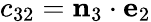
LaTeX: c_{32}=\mathbf{n}_{3}\cdot\mathbf{e}_{2}